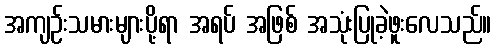
အကျဉ်းသမားများပို့ရာ အရပ် အဖြစ် အသုံးပြုခဲ့ဖူးလေသည်။